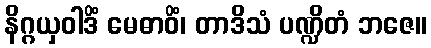
နိဂ္ဂယှဝါဒိံ မေဓာဝိံ၊ တာဒိသံ ပဏ္ဍိတံ ဘဇေ။